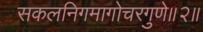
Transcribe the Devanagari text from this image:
सकलनिगमागोचरगुणे॥२॥